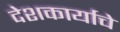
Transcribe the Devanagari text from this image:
देशकार्याचे